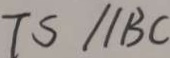
T S / / B C